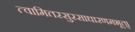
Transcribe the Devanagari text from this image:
त्वामितरसुरसाधारणमभूत्।